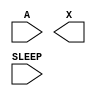
/**
 * Copyright 2020 The SkyWater PDK Authors
 *
 * Licensed under the Apache License, Version 2.0 (the "License");
 * you may not use this file except in compliance with the License.
 * You may obtain a copy of the License at
 *
 *     https://www.apache.org/licenses/LICENSE-2.0
 *
 * Unless required by applicable law or agreed to in writing, software
 * distributed under the License is distributed on an "AS IS" BASIS,
 * WITHOUT WARRANTIES OR CONDITIONS OF ANY KIND, either express or implied.
 * See the License for the specific language governing permissions and
 * limitations under the License.
 *
 * SPDX-License-Identifier: Apache-2.0
 */

`ifndef SKY130_FD_SC_LP__INPUTISO0P_SYMBOL_V
`define SKY130_FD_SC_LP__INPUTISO0P_SYMBOL_V

/**
 * inputiso0p: Input isolator with non-inverted enable.
 *
 *             X = (A & !SLEEP_B)
 *
 * Verilog stub (without power pins) for graphical symbol definition
 * generation.
 *
 * WARNING: This file is autogenerated, do not modify directly!
 */

`timescale 1ns / 1ps
`default_nettype none

(* blackbox *)
module sky130_fd_sc_lp__inputiso0p (
    //# {{data|Data Signals}}
    input  A    ,
    output X    ,

    //# {{power|Power}}
    input  SLEEP
);

    // Voltage supply signals
    supply1 VPWR;
    supply0 VGND;
    supply1 VPB ;
    supply0 VNB ;

endmodule

`default_nettype wire
`endif  // SKY130_FD_SC_LP__INPUTISO0P_SYMBOL_V